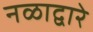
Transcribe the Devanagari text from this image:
नळाद्वारे